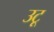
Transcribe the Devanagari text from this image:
उटू